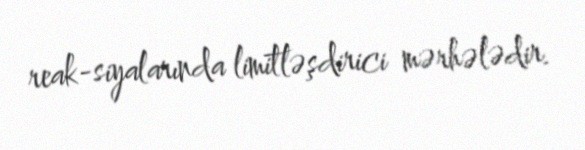
reak-siyalarında limitləşdirici mərhələdir.